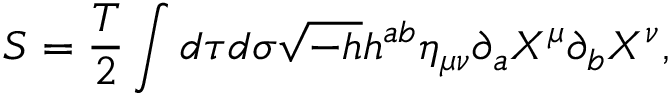
S = \frac { T } { 2 } \int d \tau d \sigma \sqrt { - h } h ^ { a b } \eta _ { \mu \nu } \partial _ { a } X ^ { \mu } \partial _ { b } X ^ { \nu } ,